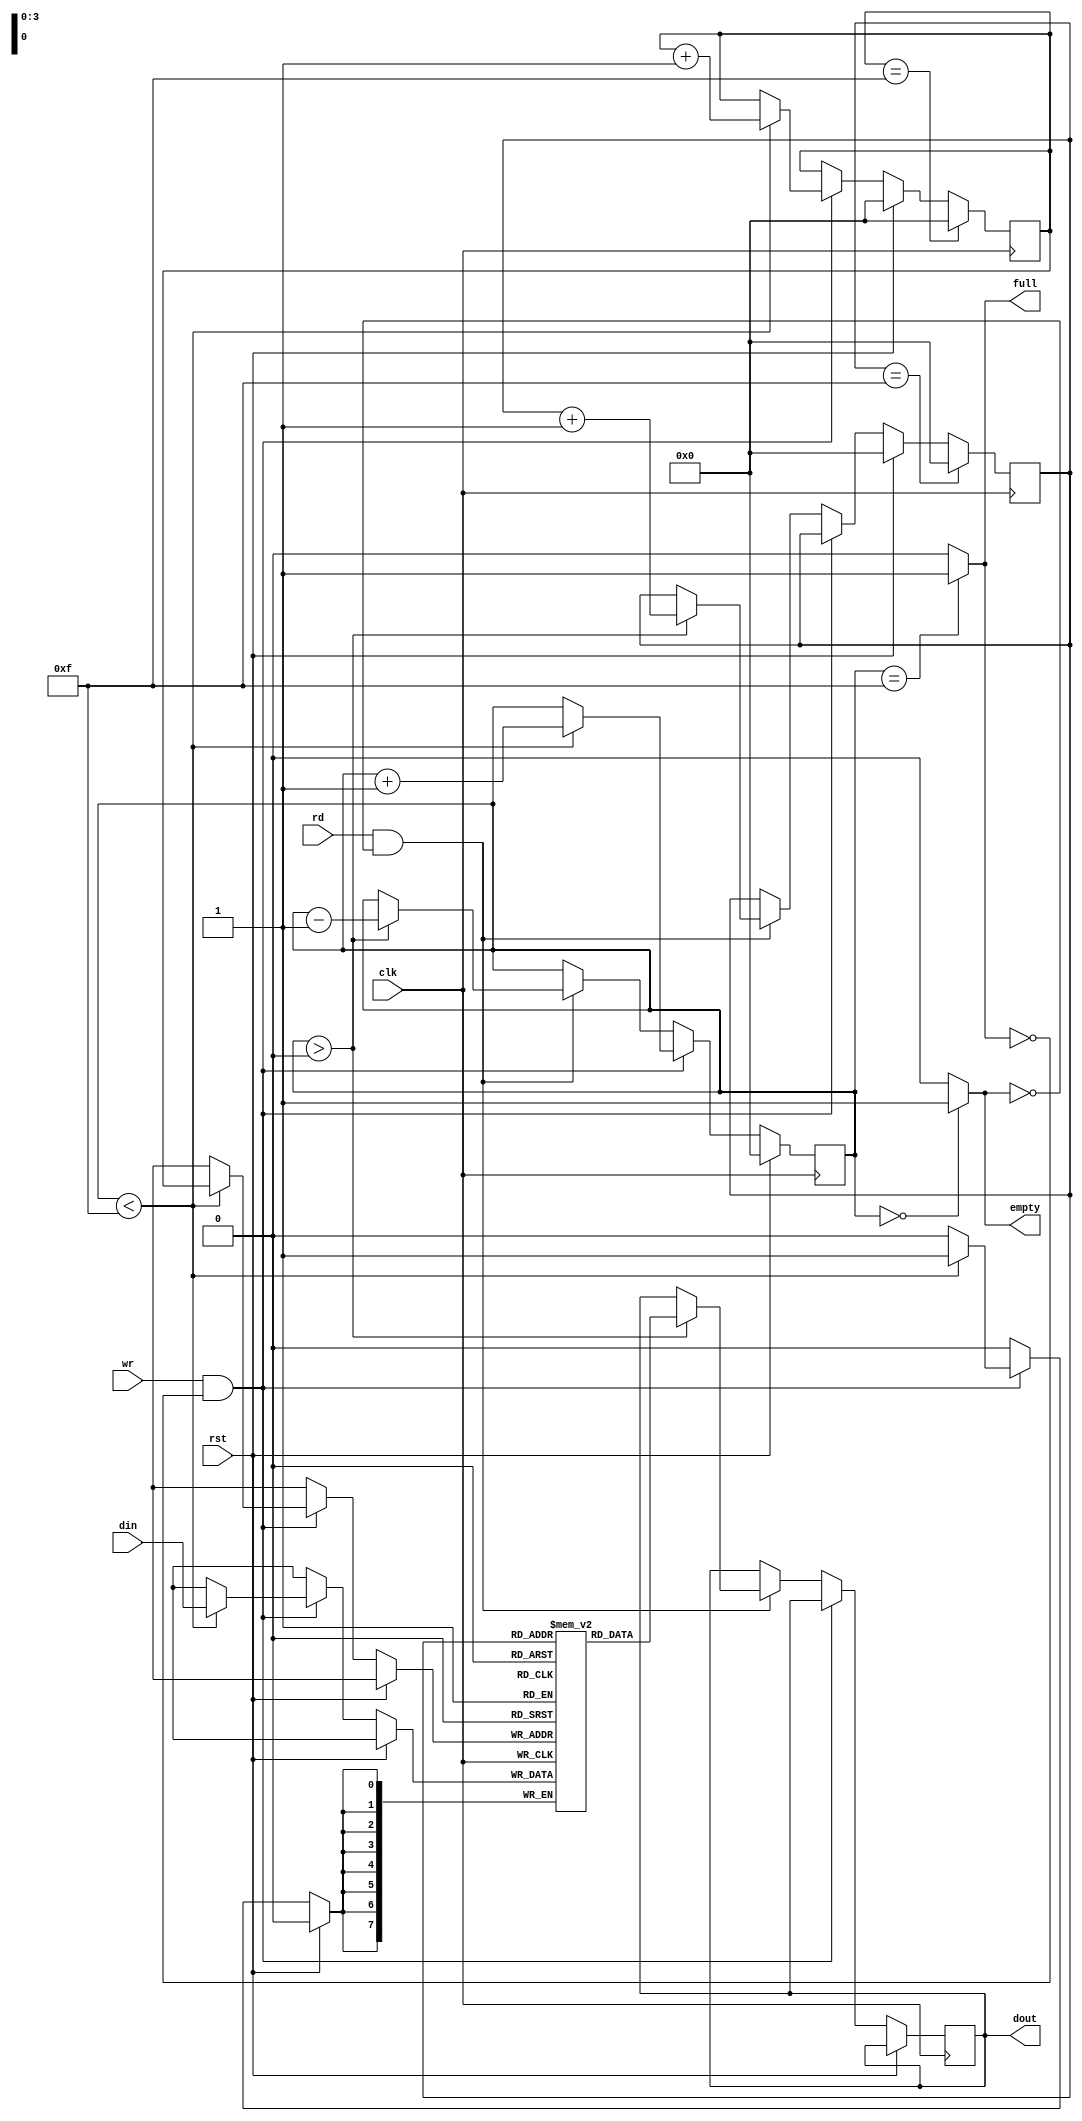
module FIFO(input clk, rst, wr, rd, 
            input [7:0] din,output reg [7:0] dout,
            output reg empty, full);
  //empty and full flags to know about status of memory
  
  reg [3:0] wptr = 0,rptr = 0,cnt = 0;
  reg [7:0] mem [15:0];  //Memory is created here 16 elements and each of 8 bit wide 
  //depth of 16
  //wptr helps during writing operation and rptr in reading operation and cnt will be used in both reading and writing operation
  
  always@(posedge clk)
    begin
      
      if(rst== 1'b1)  //when rst is high initalize all 3 ptrs to 0
         begin
           cnt <= 0;
           wptr <= 0;
           rptr <= 0;
         end
      
      else if(wr && !full)  //User wish to write new data into the FIFO
          begin
            if(cnt < 15) begin   //15 ultimately means full flag been set make sure FIFO is not FUll
             mem[wptr] <= din;    //Update memory with the data available!!
            wptr <= wptr + 1;  //incrememt the wptr and cnt 
            cnt <= cnt + 1;  //after writin into memory count value increases!!
            end
          end
      
      else if (rd && !empty)  //User wish to read from memory 
        begin
          if(cnt > 0) begin  //make sure FIFO is not empty 
          dout <= mem[rptr];
          rptr <= rptr + 1;
          cnt <= cnt - 1;  //Because reading menas we remove one element from memory then the cnt value reduces 
          end
        end 
      
      if(wptr == 15)   //Filled all elements in a FIFO so back to 0
         wptr <= 0;   
      if(rptr == 15)   //we read all data in FIFO then we cant read new data as empty flag will be set
         rptr <= 0;
    end
  
  assign empty = (cnt == 0) ? 1'b1 : 1'b0;
  assign full = (cnt == 15) ? 1'b1 : 1'b0;
  
endmodule